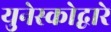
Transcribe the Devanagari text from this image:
युनेस्कोद्वारे